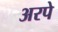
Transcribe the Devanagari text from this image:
अरपे